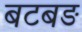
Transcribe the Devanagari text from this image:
बटबङ